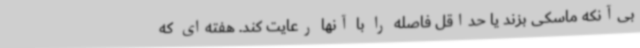
بی‌آنکه ماسکی بزند یا حداقل فاصله را با آنها رعایت کند. هفته‌ای که